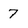
Character: 7